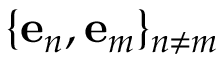
\{ \mathbf { e } _ { n } , \mathbf { e } _ { m } \} _ { n \neq m }